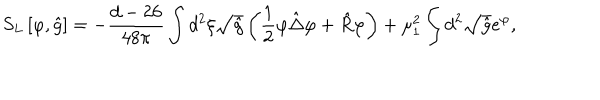
{ S _ { L } } \left[ \varphi , \hat { g } \right] = - { \frac { d - 2 6 } { 4 8 \pi } } \int { d ^ { 2 } } \xi \sqrt { \hat { g } } \left( { \frac { 1 } { 2 } } \varphi \hat { \Delta } \varphi + \hat { R } \varphi \right) + { \mu _ { 1 } ^ { 2 } } \int { d ^ { 2 } } \sqrt { \hat { g } } { e ^ { \varphi } } ,